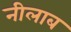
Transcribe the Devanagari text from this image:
नीलाब